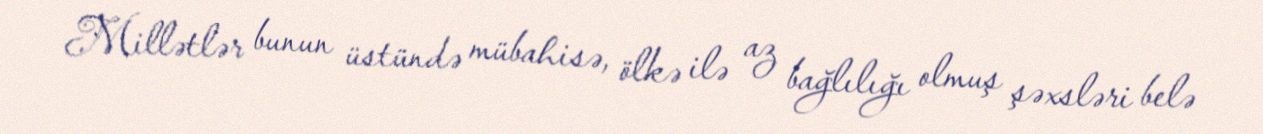
Millətlər bunun üstündə mübahisə, ölkə ilə az bağlılığı olmuş şəxsləri belə